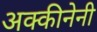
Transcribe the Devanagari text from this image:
अक्कीनेनी